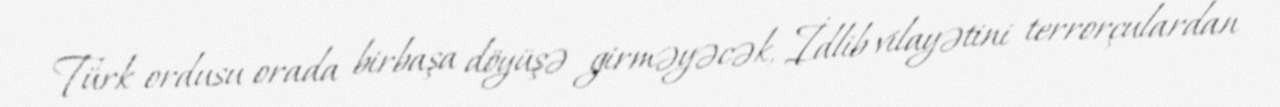
Türk ordusu orada birbaşa döyüşə girməyəcək, İdlib vilayətini terrorçulardan